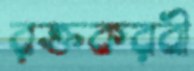
রক্তকরবী